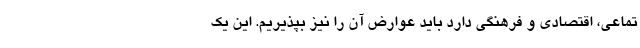
تماعی، اقتصادی و فرهنگی دارد باید عوارض آن را نیز بپذیریم. این یک